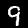
Label: 9